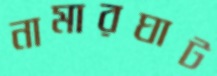
নামারঘাট